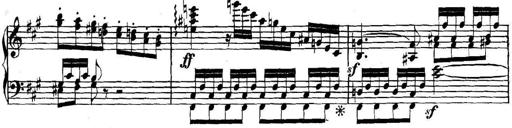
Title: Collected Piano Sonatas
Composer: Muzio Clementi